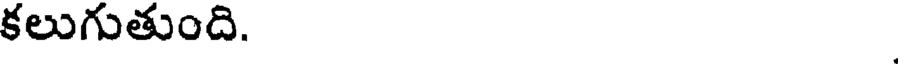
కలుగుతుంది.